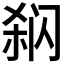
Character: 𰿳